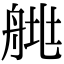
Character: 𦩄